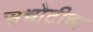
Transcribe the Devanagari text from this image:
सचोटीचा